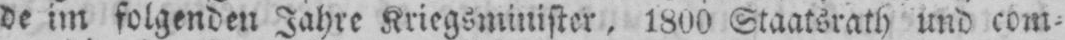
de im folgenden Jahre Kriegsminister, 1800 Staatsrath und com⸗